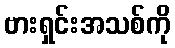
ဗားရှင်းအသစ်ကို